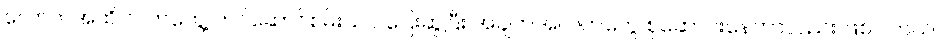
လောက်အထိ လက်တွေ့ တင်ဆောင်စမ်းသပ် ပြေးဆွဲပြီး အချက်အလက်တွေ စုဆောင်းနေတာလည်း ဖြစ်ပါတယ်။